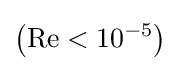
\left(\mathrm {Re} <10^{-5}\right)